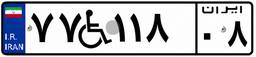
۷۷W۱۱۸۰۸